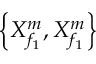
\left\{ X _ { { f } _ { 1 } } ^ { m } , X _ { { f } _ { 1 } } ^ { m } \right\}